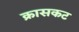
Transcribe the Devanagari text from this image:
क्रासकट